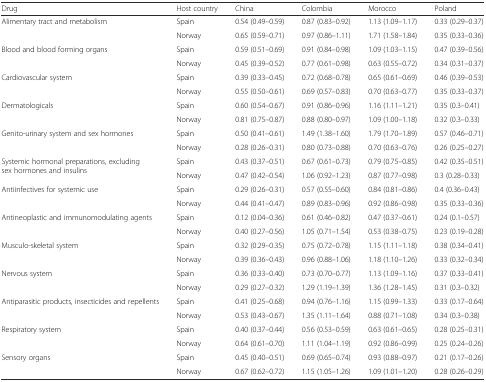
<table><thead><tr><td><b>Drug</b></td><td><b>Host country</b></td><td><b>China</b></td><td><b>Colombia</b></td><td><b>Morocco</b></td><td><b>Poland</b></td></tr></thead><tbody><tr><td rowspan="2">Alimentary tract and metabolism</td><td>Spain</td><td>0.54 (0.49–0.59)</td><td>0.87 (0.83–0.92)</td><td>1.13 (1.09–1.17)</td><td>0.33 (0.29–0.37)</td></tr><tr><td>Norway</td><td>0.65 (0.59–0.71)</td><td>0.97 (0.86–1.11)</td><td>1.71 (1.58–1.84)</td><td>0.35 (0.33–0.36)</td></tr><tr><td rowspan="2">Blood and blood forming organs</td><td>Spain</td><td>0.59 (0.51–0.69)</td><td>0.91 (0.84–0.98)</td><td>1.09 (1.03–1.15)</td><td>0.47 (0.39–0.56)</td></tr><tr><td>Norway</td><td>0.45 (0.39–0.52)</td><td>0.77 (0.61–0.98)</td><td>0.63 (0.55–0.72)</td><td>0.34 (0.31–0.37)</td></tr><tr><td rowspan="2">Cardiovascular system</td><td>Spain</td><td>0.39 (0.33–0.45)</td><td>0.72 (0.68–0.78)</td><td>0.65 (0.61–0.69)</td><td>0.46 (0.39–0.53)</td></tr><tr><td>Norway</td><td>0.55 (0.50–0.61)</td><td>0.69 (0.57–0.83)</td><td>0.70 (0.63–0.77)</td><td>0.35 (0.33–0.37)</td></tr><tr><td rowspan="2">Dermatologicals</td><td>Spain</td><td>0.60 (0.54–0.67)</td><td>0.91 (0.86–0.96)</td><td>1.16 (1.11–1.21)</td><td>0.35 (0.3–0.41)</td></tr><tr><td>Norway</td><td>0.81 (0.75–0.87)</td><td>0.88 (0.80–0.97)</td><td>1.09 (1.00–1.18)</td><td>0.32 (0.3–0.33)</td></tr><tr><td rowspan="2">Genito-urinary system and sex hormones</td><td>Spain</td><td>0.50 (0.41–0.61)</td><td>1.49 (1.38–1.60)</td><td>1.79 (1.70–1.89)</td><td>0.57 (0.46–0.71)</td></tr><tr><td>Norway</td><td>0.28 (0.26–0.31)</td><td>0.80 (0.73–0.88)</td><td>0.70 (0.63–0.76)</td><td>0.26 (0.25–0.27)</td></tr><tr><td rowspan="2">Systemic hormonal preparations, excluding sex hormones and insulins</td><td>Spain</td><td>0.43 (0.37–0.51)</td><td>0.67 (0.61–0.73)</td><td>0.79 (0.75–0.85)</td><td>0.42 (0.35–0.51)</td></tr><tr><td>Norway</td><td>0.47 (0.42–0.54)</td><td>1.06 (0.92–1.23)</td><td>0.87 (0.77–0.98)</td><td>0.3 (0.28–0.33)</td></tr><tr><td rowspan="2">Antiinfectives for systemic use</td><td>Spain</td><td>0.29 (0.26–0.31)</td><td>0.57 (0.55–0.60)</td><td>0.84 (0.81–0.86)</td><td>0.4 (0.36–0.43)</td></tr><tr><td>Norway</td><td>0.44 (0.41–0.47)</td><td>0.89 (0.83–0.96)</td><td>0.92 (0.86–0.98)</td><td>0.35 (0.33–0.36)</td></tr><tr><td rowspan="2">Antineoplastic and immunomodulating agents</td><td>Spain</td><td>0.12 (0.04–0.36)</td><td>0.61 (0.46–0.82)</td><td>0.47 (0.37–0.61)</td><td>0.24 (0.1–0.57)</td></tr><tr><td>Norway</td><td>0.40 (0.27–0.56)</td><td>1.05 (0.71–1.54)</td><td>0.53 (0.38–0.75)</td><td>0.23 (0.19–0.28)</td></tr><tr><td rowspan="2">Musculo-skeletal system</td><td>Spain</td><td>0.32 (0.29–0.35)</td><td>0.75 (0.72–0.78)</td><td>1.15 (1.11–1.18)</td><td>0.38 (0.34–0.41)</td></tr><tr><td>Norway</td><td>0.39 (0.36–0.43)</td><td>0.96 (0.88–1.06)</td><td>1.18 (1.10–1.26)</td><td>0.33 (0.32–0.34)</td></tr><tr><td rowspan="2">Nervous system</td><td>Spain</td><td>0.36 (0.33–0.40)</td><td>0.73 (0.70–0.77)</td><td>1.13 (1.09–1.16)</td><td>0.37 (0.33–0.41)</td></tr><tr><td>Norway</td><td>0.29 (0.27–0.32)</td><td>1.29 (1.19–1.39)</td><td>1.36 (1.28–1.45)</td><td>0.31 (0.3–0.32)</td></tr><tr><td rowspan="2">Antiparasitic products, insecticides and repellents</td><td>Spain</td><td>0.41 (0.25–0.68)</td><td>0.94 (0.76–1.16)</td><td>1.15 (0.99–1.33)</td><td>0.33 (0.17–0.64)</td></tr><tr><td>Norway</td><td>0.53 (0.43–0.67)</td><td>1.35 (1.11–1.64)</td><td>0.88 (0.71–1.08)</td><td>0.34 (0.3–0.38)</td></tr><tr><td rowspan="2">Respiratory system</td><td>Spain</td><td>0.40 (0.37–0.44)</td><td>0.56 (0.53–0.59)</td><td>0.63 (0.61–0.65)</td><td>0.28 (0.25–0.31)</td></tr><tr><td>Norway</td><td>0.64 (0.61–0.70)</td><td>1.11 (1.04–1.19)</td><td>0.92 (0.86–0.99)</td><td>0.25 (0.24–0.26)</td></tr><tr><td rowspan="2">Sensory organs</td><td>Spain</td><td>0.45 (0.40–0.51)</td><td>0.69 (0.65–0.74)</td><td>0.93 (0.88–0.97)</td><td>0.21 (0.17–0.26)</td></tr><tr><td>Norway</td><td>0.67 (0.62–0.72)</td><td>1.15 (1.05–1.26)</td><td>1.09 (1.01–1.20)</td><td>0.28 (0.26–0.29)</td></tr></tbody></table>